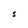
Character: S